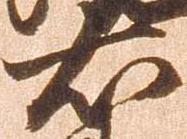
右